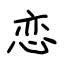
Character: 恋